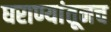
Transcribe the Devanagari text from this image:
घराण्यांतूनच